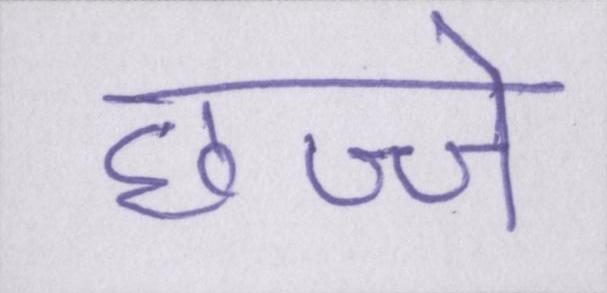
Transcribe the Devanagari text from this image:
छज्जे